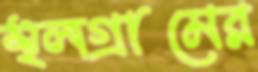
স্থলগ্রামের